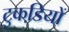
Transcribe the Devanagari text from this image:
टुकडि़यों